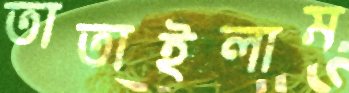
তাতাইলাম